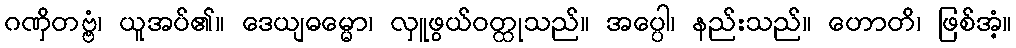
ဂဏှိတဗ္ဗံ၊ ယူအပ်၏။ ဒေယျဓမ္မော၊ လှူဖွယ်ဝတ္ထုသည်။ အပ္ပေါ၊ နည်းသည်။ ဟောတိ၊ ဖြစ်အံ့။